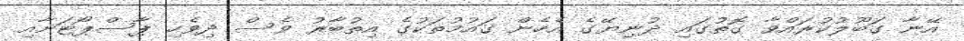
އޭނާ ގަބޫލުކުރައްވާ ގޮތުގައި ދުނިޔޭގެ އެހެން ގައުމުތަކުގެ އިތުބާރު ވެސް ދިވެހި ޕާސްޕޯޓަށާއި